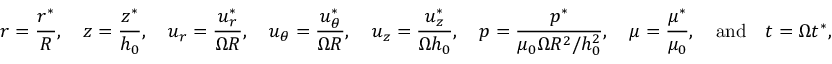
r = \frac { r ^ { * } } { R } , ~ ~ ~ z = \frac { z ^ { * } } { h _ { 0 } } , ~ ~ ~ u _ { r } = \frac { u _ { r } ^ { * } } { \Omega R } , ~ ~ ~ u _ { \theta } = \frac { u _ { \theta } ^ { * } } { \Omega R } , ~ ~ ~ u _ { z } = \frac { u _ { z } ^ { * } } { \Omega h _ { 0 } } , ~ ~ ~ p = \frac { p ^ { * } } { \mu _ { 0 } \Omega R ^ { 2 } / h _ { 0 } ^ { 2 } } , ~ ~ ~ \mu = \frac { \mu ^ { * } } { \mu _ { 0 } } , ~ ~ ~ \mathrm { a n d } ~ ~ ~ t = \Omega t ^ { * } ,